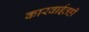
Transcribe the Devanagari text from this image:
कारवाईतही